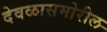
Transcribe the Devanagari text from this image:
देवळासमोरील